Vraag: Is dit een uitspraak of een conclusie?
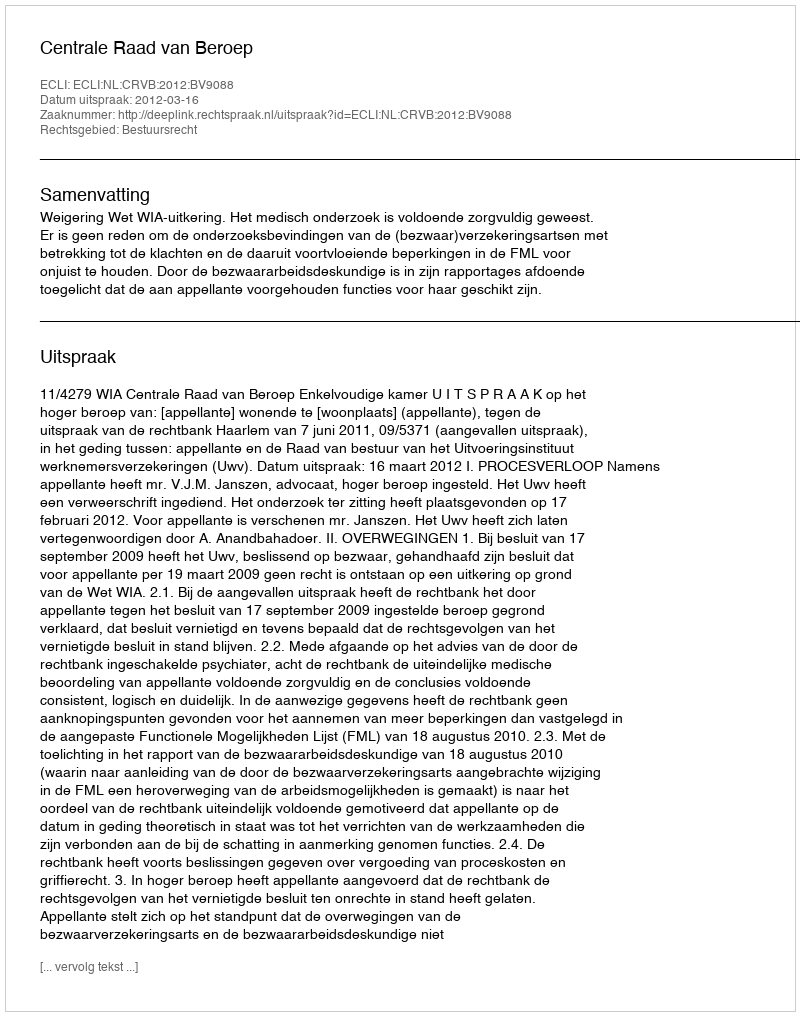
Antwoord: Uitspraak